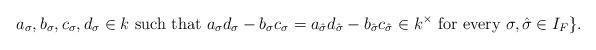
LaTeX: \begin{align*}a_{\sigma}, b_{\sigma}, c_{\sigma}, d_{\sigma} \in k \ \mbox{such that} \ a_{\sigma}d_{\sigma}-b_{\sigma}c_{\sigma} = a_{\hat{\sigma}}d_{\hat{\sigma}}-b_{\hat{\sigma}}c_{\hat{\sigma}} \in k^{\times} \ \mbox{for every} \ \sigma, \hat{\sigma} \in I_F\}.\end{align*}